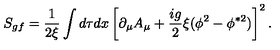
S _ { g f } = \frac { 1 } { 2 \xi } \int d \tau d x \left[ \partial _ { \mu } A _ { \mu } + \frac { i g } { 2 } \xi ( \phi ^ { 2 } - \phi ^ { \ast 2 } ) \right] ^ { 2 } .